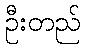
ဦးတည်